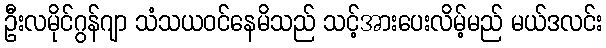
ဦးလမိုင်ဂွန်ဂျာ သံသယဝင်နေမိသည် သင့်အားပေးလိမ့်မည် မယ်ဒလင်း